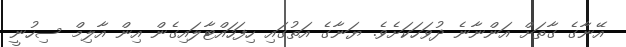
އޭނާގެ ގާތަށް އަންނާނެ ދުވަހަކަށެވެ. ޔަނާގެ އަތުގައި ހިފަހައްޓާލައިގެން އިން އާލިމް ސިހުނީ